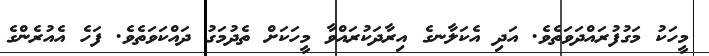
މީހަކު މަގުފުރައްދަވަތެވެ. އަދި އެކަލާނގެ އިރާދަކުރައްވާ މީހަކަށް ތެދުމަގު ދައްކަވަތެވެ. ފަހެ އެއުރެންގެ